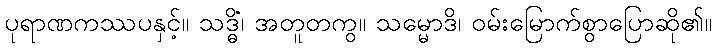
ပုရာဏကဿပနှင့်။ သဒ္ဓိံ၊ အတူတကွ။ သမ္မောဒိ၊ ဝမ်းမြောက်စွာပြောဆို၏။